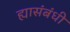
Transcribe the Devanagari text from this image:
ह्यासंबंधी